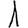
Digit: 1